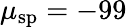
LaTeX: \mu_{\mathrm{sp}}=-99